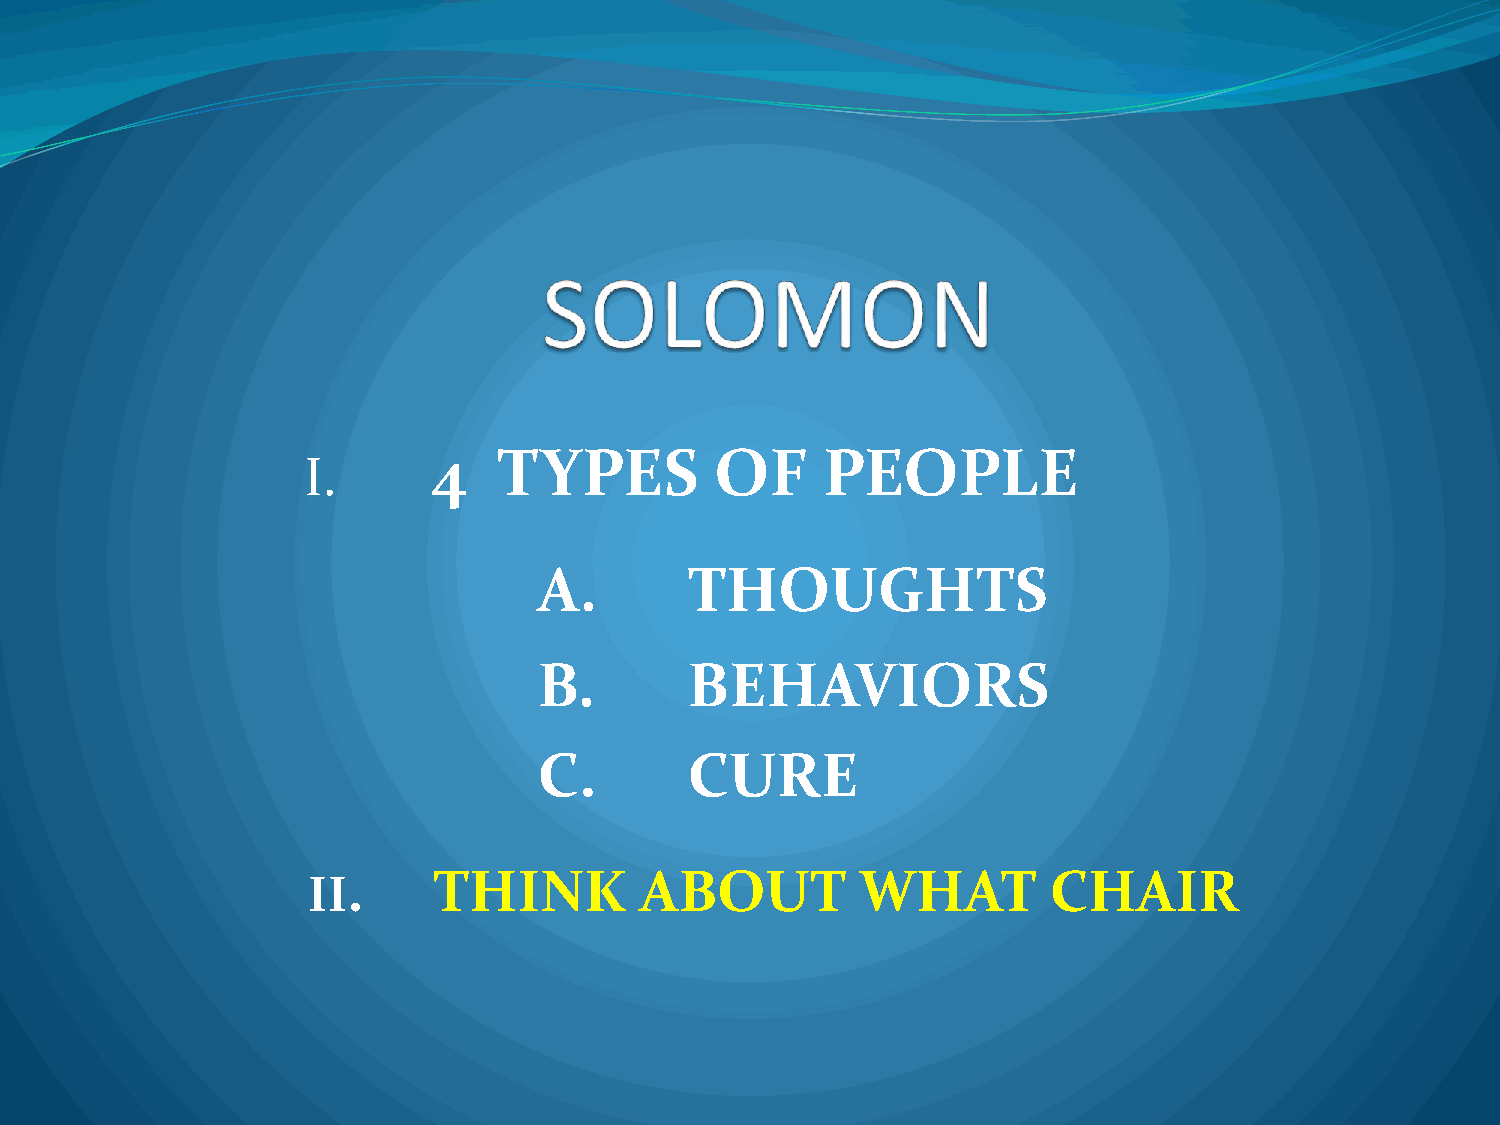
4   TYPES         OF     PEOPLE
 I.
 A.        THOUGHTS
 B.        BEHAVIORS
 C.        CURE
 II.      THINK        ABOUT          WHAT         CHAIR